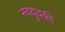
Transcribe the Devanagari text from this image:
नवयुवकी